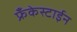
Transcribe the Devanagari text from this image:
फ्रँकेस्टाईन